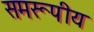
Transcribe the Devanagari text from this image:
समरूपीय